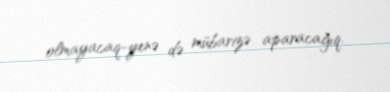
olmayacaq-yenə də mübarizə aparacağıq.